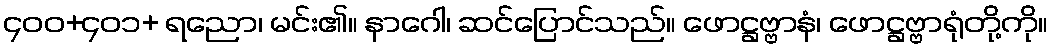
၄၀၀+၄၀၁+ ရညော၊ မင်း၏။ နာဂေါ၊ ဆင်ပြောင်သည်။ ဖောဋ္ဌဗ္ဗာနံ၊ ဖောဋ္ဌဗ္ဗာရုံတို့ကို။